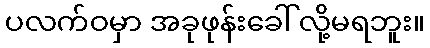
ပလက်ဝမှာ အခုဖုန်းခေါ်လို့မရဘူး။